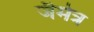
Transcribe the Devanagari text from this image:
जैमेत्र